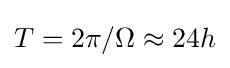
T=2\pi /\Omega \approx 24h